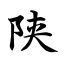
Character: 陕